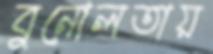
বুনোলতায়